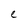
Character: e